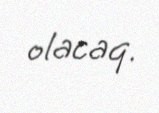
olacaq.